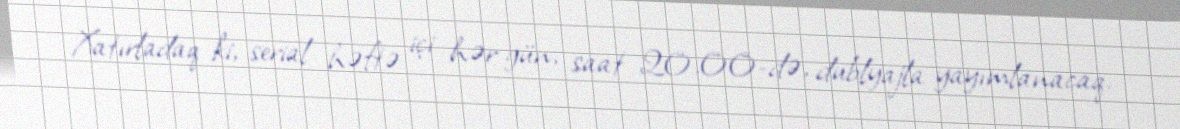
Xatırladaq ki, serial həftə içi hər gün, saat 20.00-də, dublyajla yayımlanacaq.